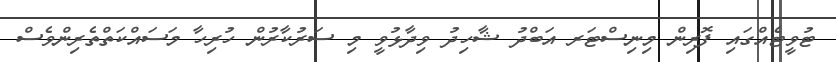
ޓުވީޓެއްގައި ފޮރިން މިނިސްޓަރ އަބްދު ޝާހިދު ވިދާޅުވީ މި ސަރުކާރުން ހުރިހާ މަސައްކަތްތެރިންވެސް